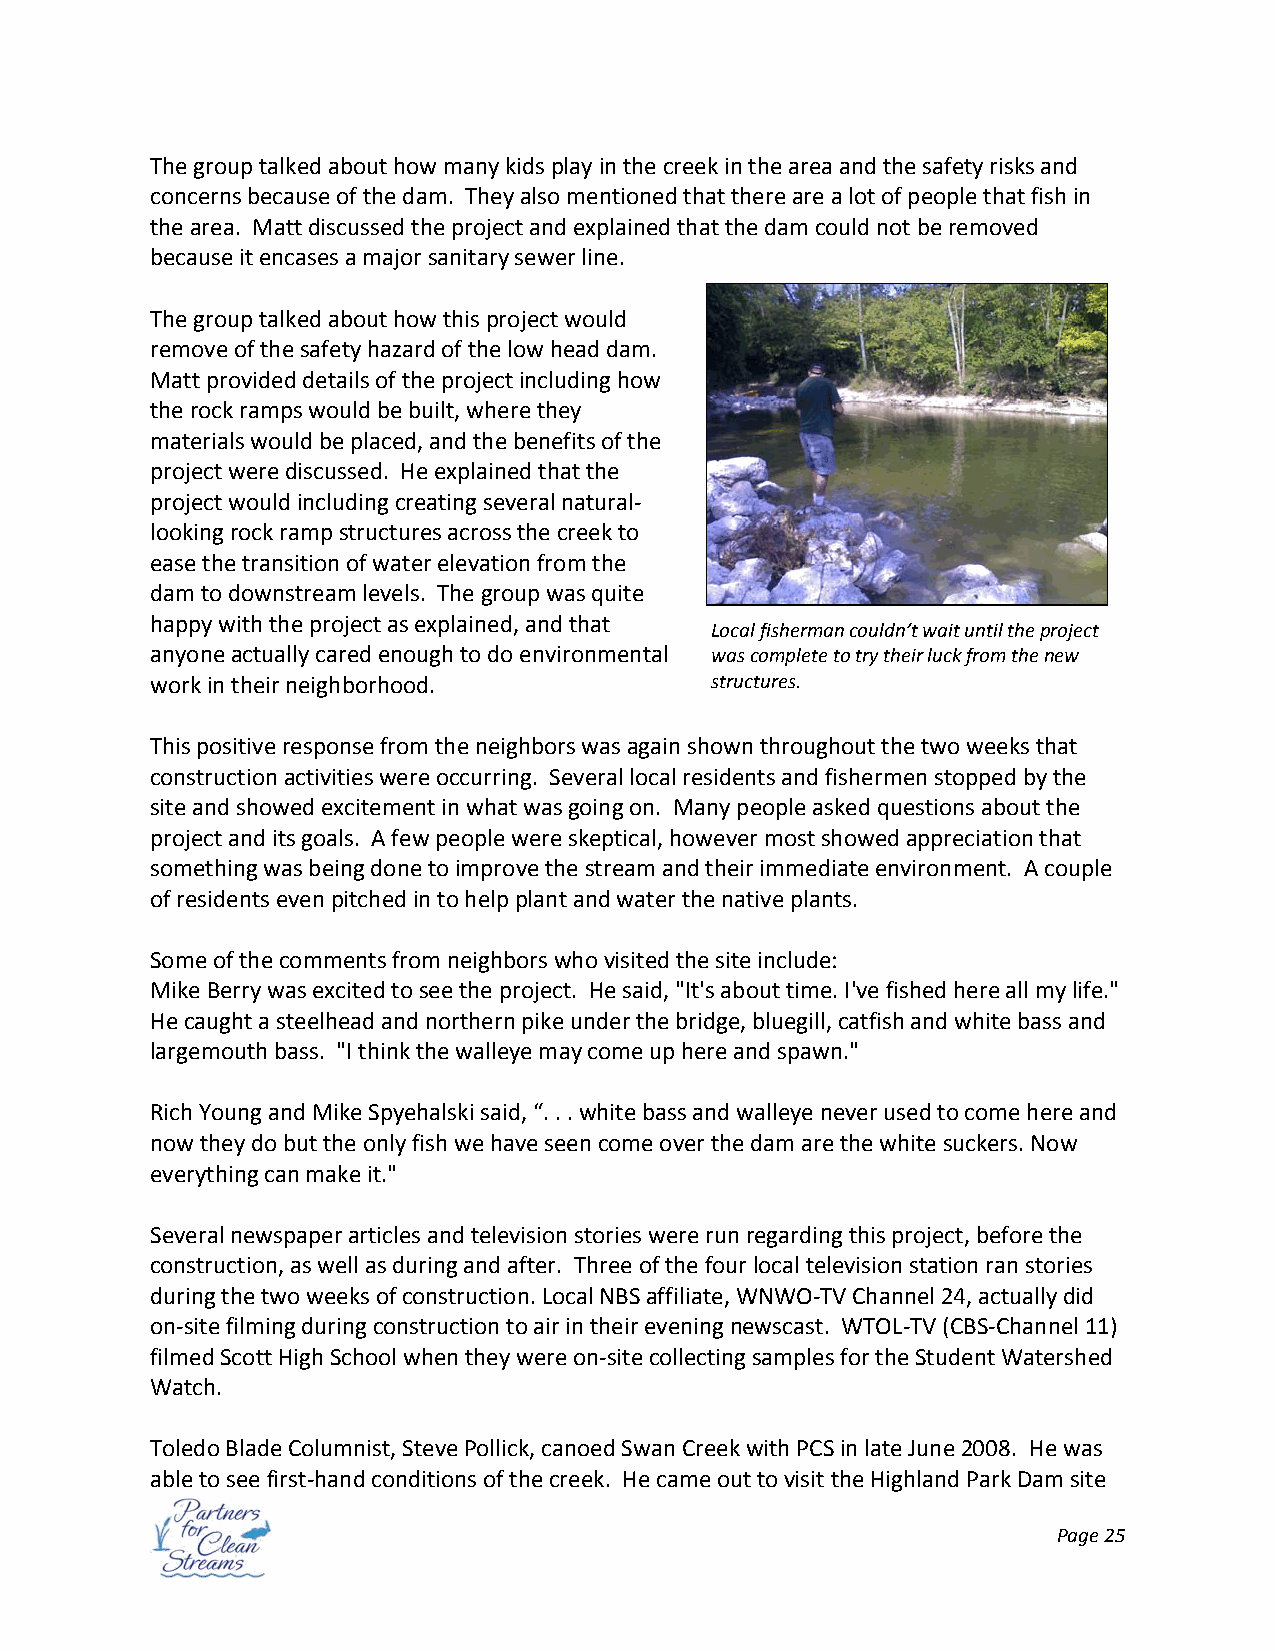
The group talked about how many kids play in the creek in the area and the safety risks and
 concerns because of the dam. They also mentioned that there are a lot of people that fish in
 the area. Matt discussed the project and explained that the dam could not be removed
 because it encases a major sanitary sewer line.
 The group talked about how this project would
 remove of the safety hazard of the low head dam.
 Matt provided details of the project including how
 the rock ramps would be built, where they
 materials would be placed, and the benefits of the
 project were discussed. He explained that the
 project would including creating several natural‐
 looking rock ramp structures across the creek to
 ease the transition of water elevation from the
 dam to downstream levels. The group was quite
 happy with the project as explained, and that
 Local fisherman couldn’t wait until the project
 anyone actually cared enough to do environmental was complete to try their luck from the new
 work in their neighborhood.          structures.
 This positive response from the neighbors was again shown throughout the two weeks that
 construction activities were occurring. Several local residents and fishermen stopped by the
 site and showed excitement in what was going on. Many people asked questions about the
 project and its goals. A few people were skeptical, however most showed appreciation that
 something was being done to improve the stream and their immediate environment. A couple
 of residents even pitched in to help plant and water the native plants.
 Some of the comments from neighbors who visited the site include:
 Mike Berry was excited to see the project. He said, "It's about time. I've fished here all my life."
 He caught a steelhead and northern pike under the bridge, bluegill, catfish and white bass and
 largemouth bass. "I think the walleye may come up here and spawn."
 Rich Young and Mike Spyehalski said, “. . . white bass and walleye never used to come here and
 now they do but the only fish we have seen come over the dam are the white suckers. Now
 everything can make it."
 Several newspaper articles and television stories were run regarding this project, before the
 construction, as well as during and after. Three of the four local television station ran stories
 during the two weeks of construction. Local NBS affiliate, WNWO‐TV Channel 24, actually did
 on‐site filming during construction to air in their evening newscast. WTOL‐TV (CBS‐Channel 11)
 filmed Scott High School when they were on‐site collecting samples for the Student Watershed
 Watch.
 Toledo Blade Columnist, Steve Pollick, canoed Swan Creek with PCS in late June 2008. He was
 able to see first‐hand conditions of the creek. He came out to visit the Highland Park Dam site
 Page 25